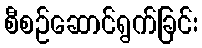
စီစဉ်ဆောင်ရွက်ခြင်း